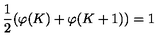
\frac { 1 } { 2 } ( \varphi ( K ) + \varphi ( K + 1 ) ) = 1